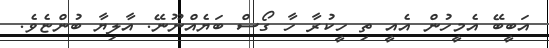
އަބީބޭ އެމީހުން އެއީ ތި ހީކުރާ ހާ ގޯސް ބަޔެއްނޫނޭ. އާލިޔާ ބުންޏެވެ.